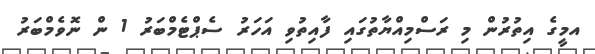
އމީގެ އިތުރުން މި ރަސްމިއްޔާތުގައި ފާއިތުވި އަހަރު ސެޕްޓެމްބަރު 1 ން ނޮވެމްބަރު